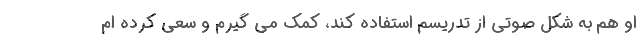
او هم به شکل صوتی از تدریسم استفاده کند، کمک می گیرم و سعی کرده ام